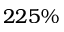
2 2 5 \%